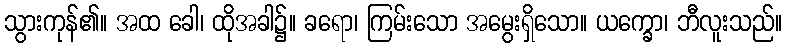
သွားကုန်၏။ အထ ခေါ၊ ထိုအခါ၌။ ခရော၊ ကြမ်းသော အမွေးရှိသော။ ယက္ခော၊ ဘီလူးသည်။